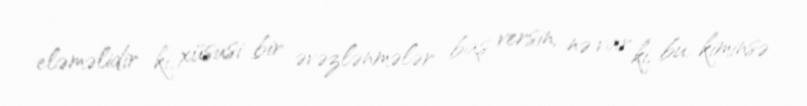
eləməlidir ki, xüsusi bir əvəzlənmələr baş versin, nə var ki, bu, kiminsə